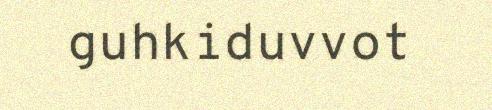
guhkiduvvot